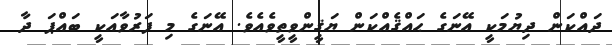
ދައްކަން ދިޔުމަކީ އޭނަގެ ޙައްޤެއްކަން ޔަޤީންވީތީވެއެވެ. އޭނަގެ މި ފަރުވާއަކީ ބައްޕަ ދާ